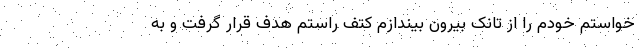
خواستم خودم را از تانک بیرون بیندازم کتف راستم هدف قرار گرفت و به